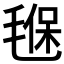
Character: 𣯂